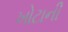
ખોટાની